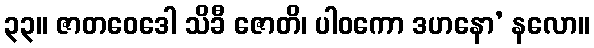
၃၃။ ဇာတဝေဒေါ သိခီ ဇောတိ၊ ပါဝကော ဒဟနော’ နလော။